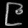
Digit: ၉